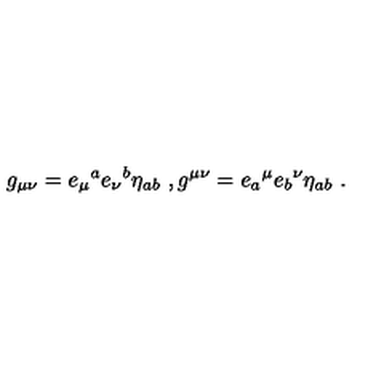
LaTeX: g _ { \mu \nu } = e _ { \mu } { } ^ { a } e _ { \nu } { } ^ { b } \eta _ { a b } \ , g ^ { \mu \nu } = e _ { a } { } ^ { \mu } e _ { b } { } ^ { \nu } \eta _ { a b } \ .